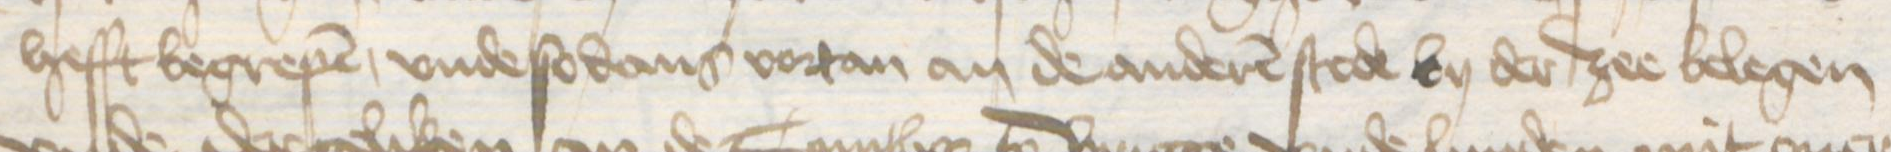
Transcription: hefft begrepen, vnde so dans vortan an de anderen stede by der zee belegen